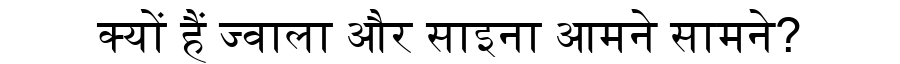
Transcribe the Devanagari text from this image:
क्यों हैं ज्वाला और साइना आमने सामने?